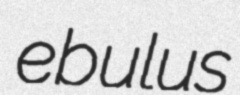
ebulus